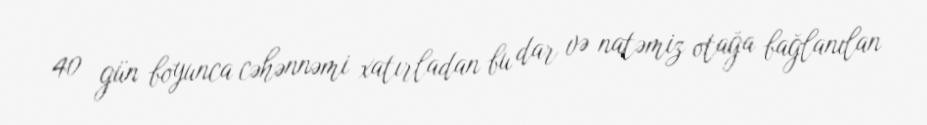
40 gün boyunca cəhənnəmi xatırladan bu dar və natəmiz otağa bağlanılan